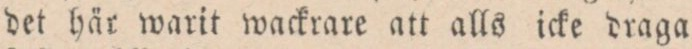
det här warit wackrare att alls icke draga